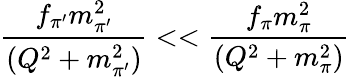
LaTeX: \frac{f_{\pi^{\prime}}m_{\pi^{\prime}}^{2}}{(Q^{2}+m_{\pi^{\prime}}^{2})}<<\frac{f_{\pi}m_{\pi}^{2}}{(Q^{2}+m_{\pi}^{2})}